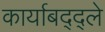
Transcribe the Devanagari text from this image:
कार्याबद्द्ले